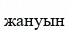
жануын